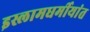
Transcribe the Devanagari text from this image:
इस्लामधर्मीयांत